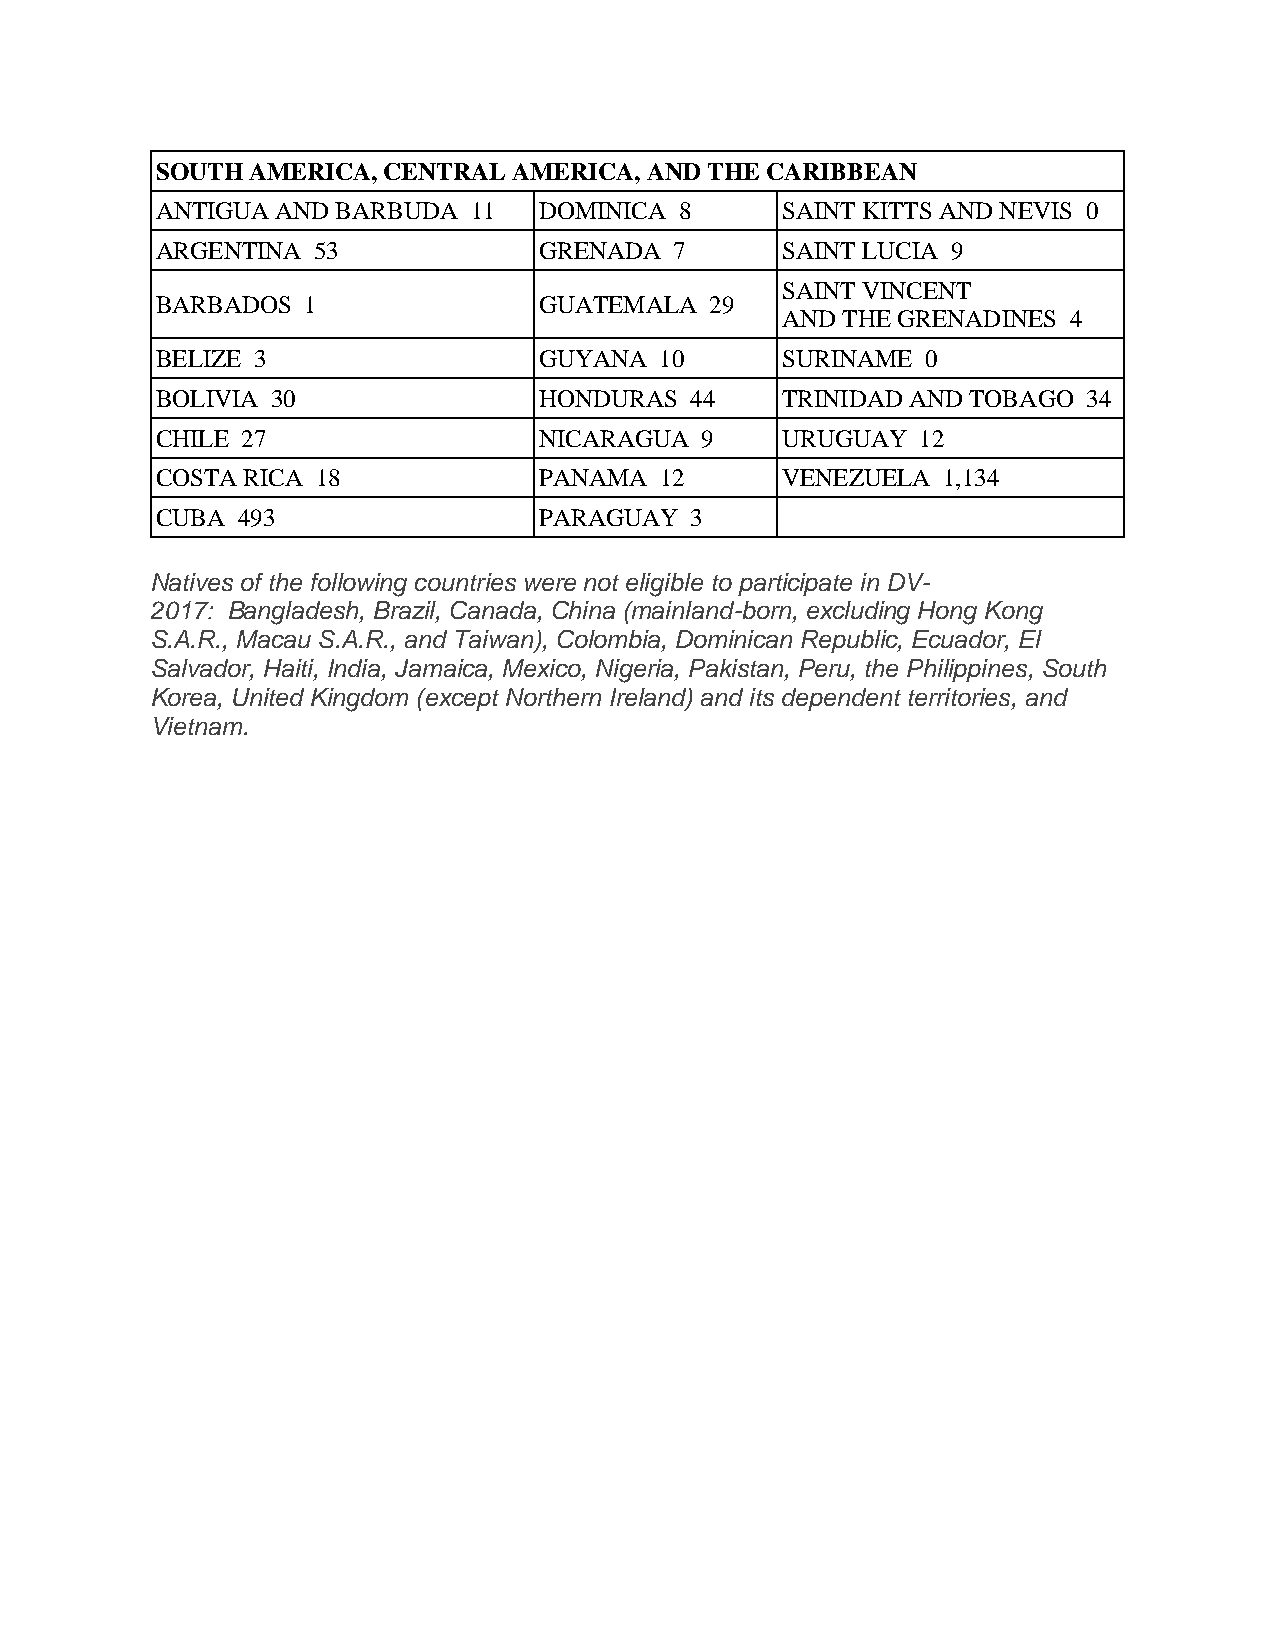
SOUTH  AMERICA, CENTRAL AMERICA, AND THE CARIBBEAN
 ANTIGUA AND BARBUDA  11   DOMINICA 8      SAINT KITTS AND NEVIS 0
 ARGENTINA  53             GRENADA  7      SAINT LUCIA 9
 SAINT VINCENT
 BARBADOS  1               GUATEMALA  29
 AND THE GRENADINES 4
 BELIZE 3                  GUYANA  10      SURINAME 0
 BOLIVIA 30                HONDURAS  44    TRINIDAD AND TOBAGO 34
 CHILE 27                  NICARAGUA 9     URUGUAY  12
 COSTA RICA 18             PANAMA  12      VENEZUELA 1,134
 CUBA  493                 PARAGUAY  3
 Natives of the following countries were not eligible to participate in DV-
 2017: Bangladesh, Brazil, Canada, China (mainland-born, excluding Hong Kong
 S.A.R., Macau S.A.R., and Taiwan), Colombia, Dominican Republic, Ecuador, El
 Salvador, Haiti, India, Jamaica, Mexico, Nigeria, Pakistan, Peru, the Philippines, South
 Korea, United Kingdom (except Northern Ireland) and its dependent territories, and
 Vietnam.